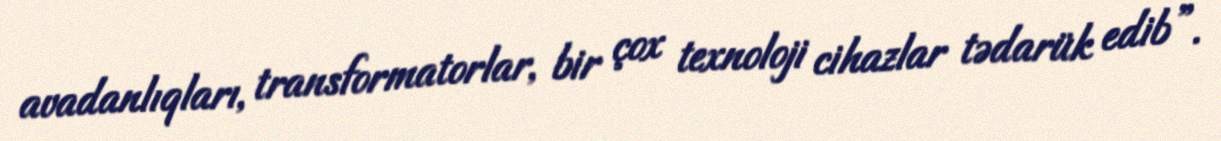
avadanlıqları, transformatorlar, bir çox texnoloji cihazlar tədarük edib”.